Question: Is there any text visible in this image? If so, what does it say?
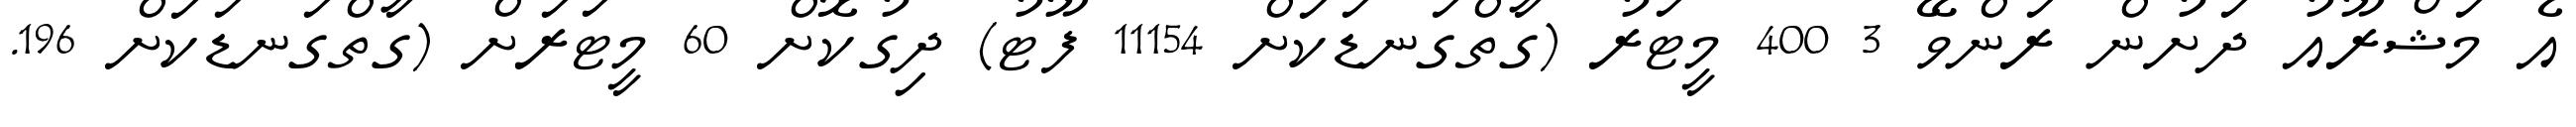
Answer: އެ މަޝްރޫއު ދަށުން ރަންވޭ 3 400 މީޓަރު (ގާތްގަނޑަކަށް 11154 ފޫޓު) ދިގުކޮށް 60 މީޓަރަށް (ގާތްގަނޑަކަށް 196.